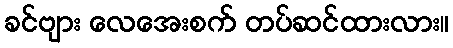
ခင်ဗျား လေအေးစက် တပ်ဆင်ထားလား။